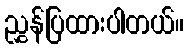
ညွှန်ပြထားပါတယ်။